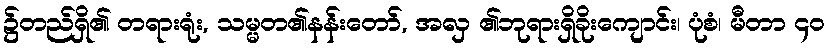
၌တည်ရှိ၏ တရားရုံး, သမ္မတ၏နန်းတော်, အလှ ၏ဘုရားရှိခိုးကျောင်း၊ ပုံစံ၊ မီတာ ၄၀